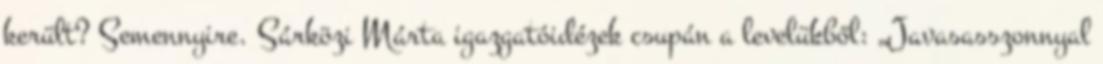
került? Semennyire. Sárközi Márta igazgatóidézek csupán a levelükből: „Javasasszonnyal